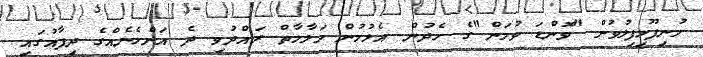
މުނިފޫހިފިލުވުން "ވޮންޑަ ވުމަން"ގެ ހެދުން އެޅުމުން މަލާމާތް ރައްދުވި ދެ އަންހެނެއްގެ ދިފާއުގައި